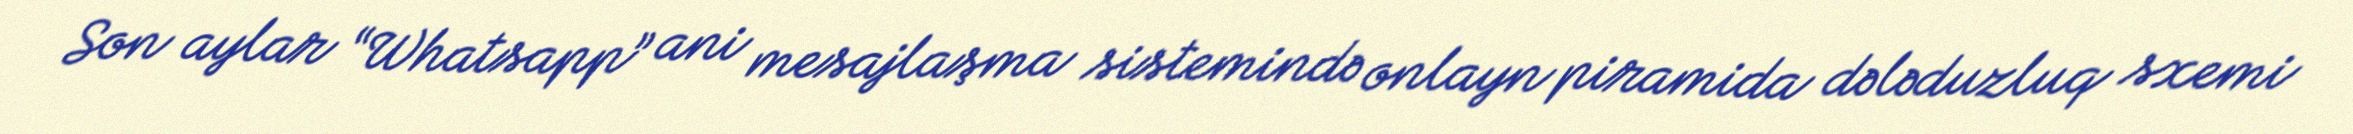
Son aylar “Whatsapp” ani mesajlaşma sistemində onlayn piramida dələduzluq sxemi